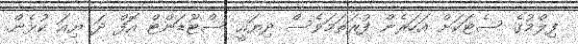
ފިލްމުގެ ސެޓަކަށް އަހަރެން ފުރަތަމަވެސް ދިޔައީ ސްޓޫޑަންޓް އޮފް ދަ ޔިއަ ކުޅެން.